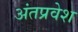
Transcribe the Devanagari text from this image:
अंतप्रवेश